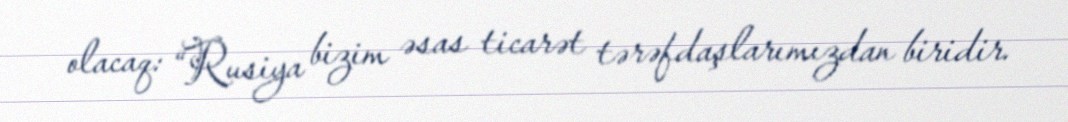
olacaq: “Rusiya bizim əsas ticarət tərəfdaşlarımızdan biridir.